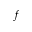
f